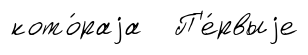
кото́раjа П'е́рвыjе